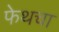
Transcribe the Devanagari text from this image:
फेथचा